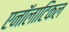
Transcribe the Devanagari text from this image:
एनॉलाटिकल